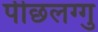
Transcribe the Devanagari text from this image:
पीछलग्गु